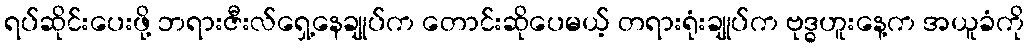
ရပ်ဆိုင်းပေးဖို့ ဘရားဇီးလ်ရှေ့နေချုပ်က တောင်းဆိုပေမယ့် တရားရုံးချုပ်က ဗုဒ္ဓဟူးနေ့က အယူခံကို